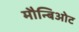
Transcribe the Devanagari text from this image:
मौन्बिओट